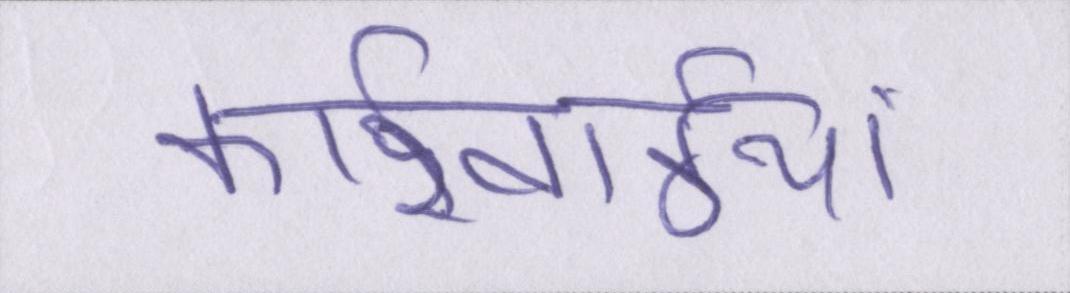
कार्रवाईयां